Lunatic asylums Central Provinces reports 1874-1885 - 1874-1885
Year: 1874
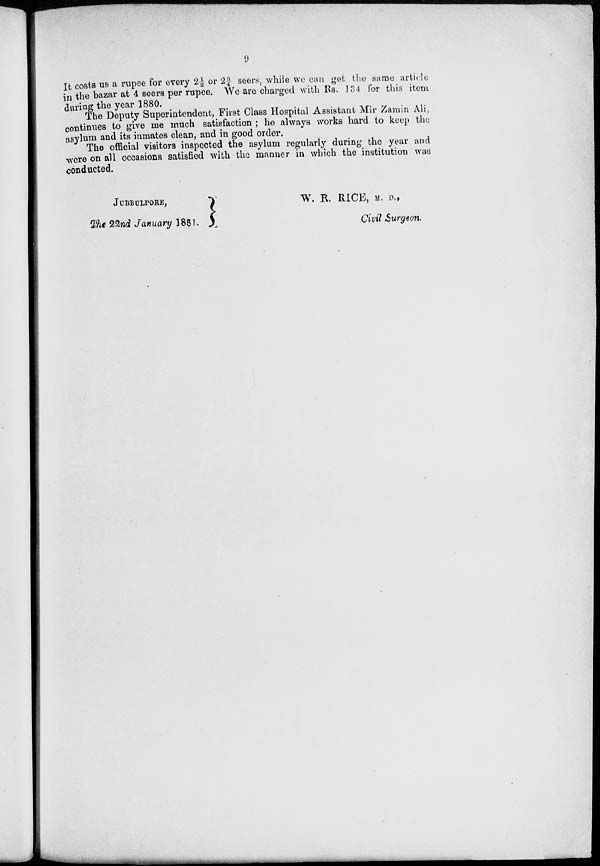
9
It costs us a rupee for every 2½ or 2¾ seers, while we can get the same article
in the bazar at 4 seers per rupee. We are charged with Rs. 134 for this item
during the year 1880.
The Deputy Superintendent, First Class Hospital Assistant Mir Zamin Ali,
continues to give me much satisfaction ; he always works hard to keep the
asylum and its inmates clean, and in good order.
The official visitors inspected the asylum regularly during the year and
were on all occasions satisfied with the manner in which the institution was
conducted.
JUBBULPORE,
W. R. RICE, M. D.,
The 22nd January
1881,
Civil Surgeon.